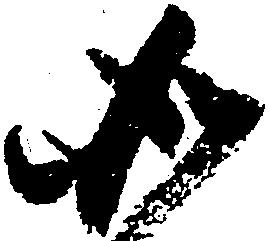
如